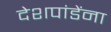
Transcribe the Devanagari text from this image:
देशपांडेंना